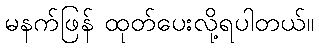
မနက်ဖြန် ထုတ်ပေးလို့ရပါတယ်။